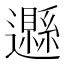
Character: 𨘩